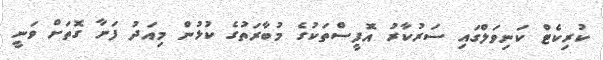
ކުރިކެޓް ކަނިވަލްގައި ސަރުކާރު އޮފީސްތަކުގެ މުބާރަތުގެ ކުޅުން މިއަދު ފަށާ ގޮތަށް ވަނީ